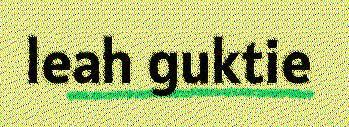
leah guktie